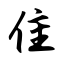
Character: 隹